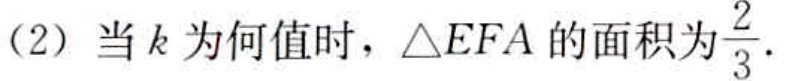
(2) 当\(k\)为何值时，\(\triangle EFA\)的面积为\(\frac{2}{3}\).